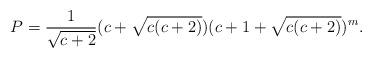
LaTeX: \begin{align*}P=\frac{1}{\sqrt{c+2}}(c+\sqrt{c(c+2)})(c+1+\sqrt{c(c+2)})^m.\end{align*}